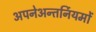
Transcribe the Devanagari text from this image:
अपनेअन्तर्नियमों